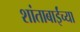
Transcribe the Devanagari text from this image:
शांताबाईंच्या